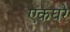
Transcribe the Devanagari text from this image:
एकघरे